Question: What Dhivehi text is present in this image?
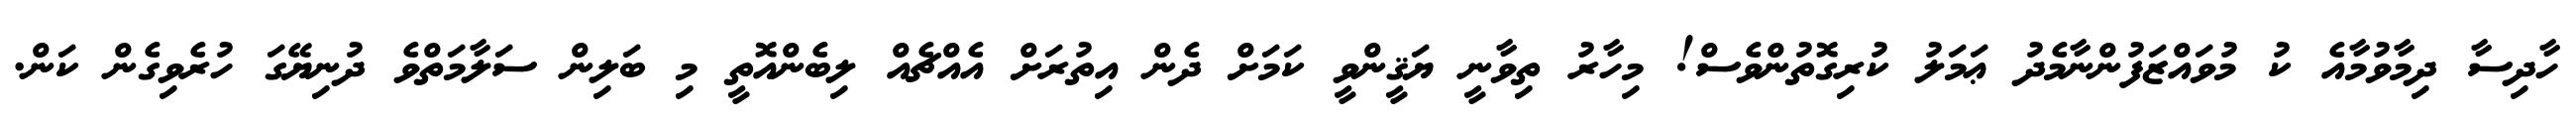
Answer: ހާދިސާ ދިމާވުމާއެ ކު މުވައްޒަފުންނާމެދު ޢަމަލު ކުރިގޮތުންވެސް! މިހާރު ތިވާނީ ޔަޤީންވީ ކަމަށް ދެން އިތުރަށް އެއްޗެއް ލިބެންއޮތީ މި ބަލިން ސަލާމަތްވެ ދުނިޔޭގަ ހުރެވިގެން ކަން.